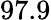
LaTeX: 97.9